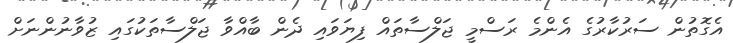
އެގޮތުން ސަރުކާރުގެ އެންމެ ރަސްމީ ޖަލްސާތައް ފިޔަވައި ދެން ބާއްވާ ޖަލްސާތަކުގައި ޒުވާނުންނަށް